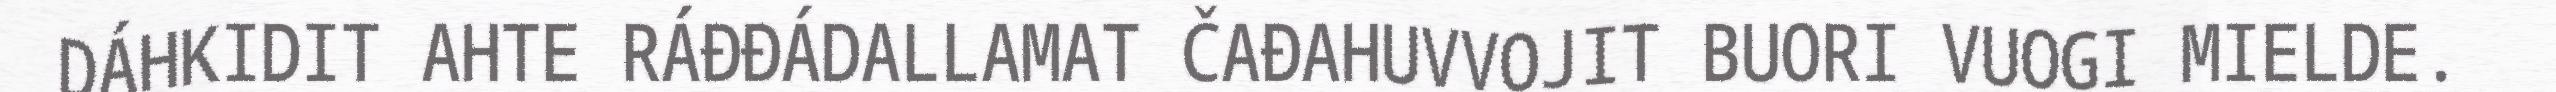
DÁHKIDIT AHTE RÁĐĐÁDALLAMAT ČAĐAHUVVOJIT BUORI VUOGI MIELDE.